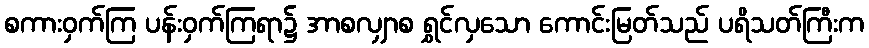
စကားဝှက်ကြ ပန်းဝှက်ကြရာ၌ အာစလျှာစ ရွှင်လှသော ကောင်းမြတ်သည် ပရိသတ်ကြီးက